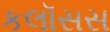
કલૉસસ